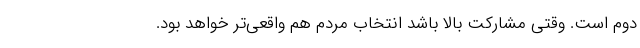
دوم است. وقتی مشارکت بالا باشد انتخاب مردم هم واقعی‌تر خواهد بود.